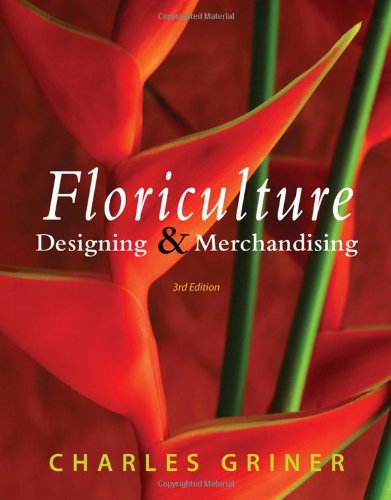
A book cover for Floriculture: Designing & Merchandising; Dr. Charles P. Griner; Crafts, Hobbies & Home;